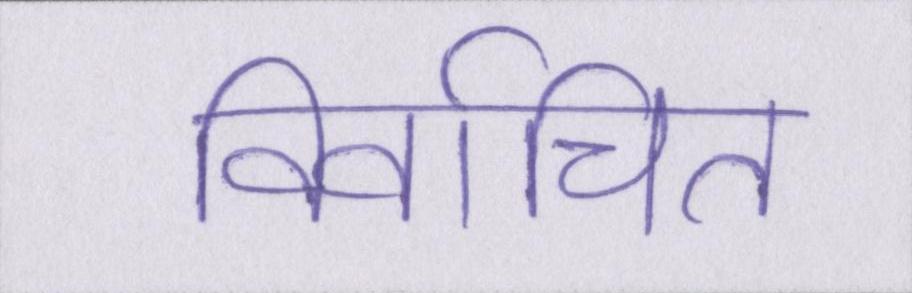
निर्वाचित